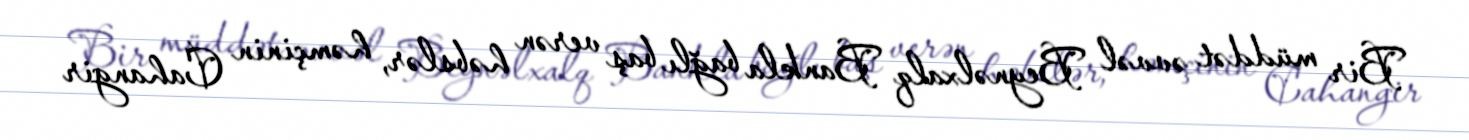
Bir müddət əvvəl Beynəlxalq Bankla bağlı baş verən həbslər, həmçinin Cahangir